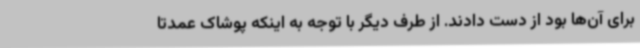
برای آن‌ها بود از دست دادند. از طرف دیگر با توجه به اینکه پوشاک عمدتاً